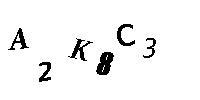
A2K8C3